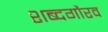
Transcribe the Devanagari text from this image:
शब्दगौरव